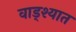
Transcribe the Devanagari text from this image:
वाड्श्यात